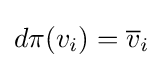
d\pi (v_{i})={\overline {v}}_{i}